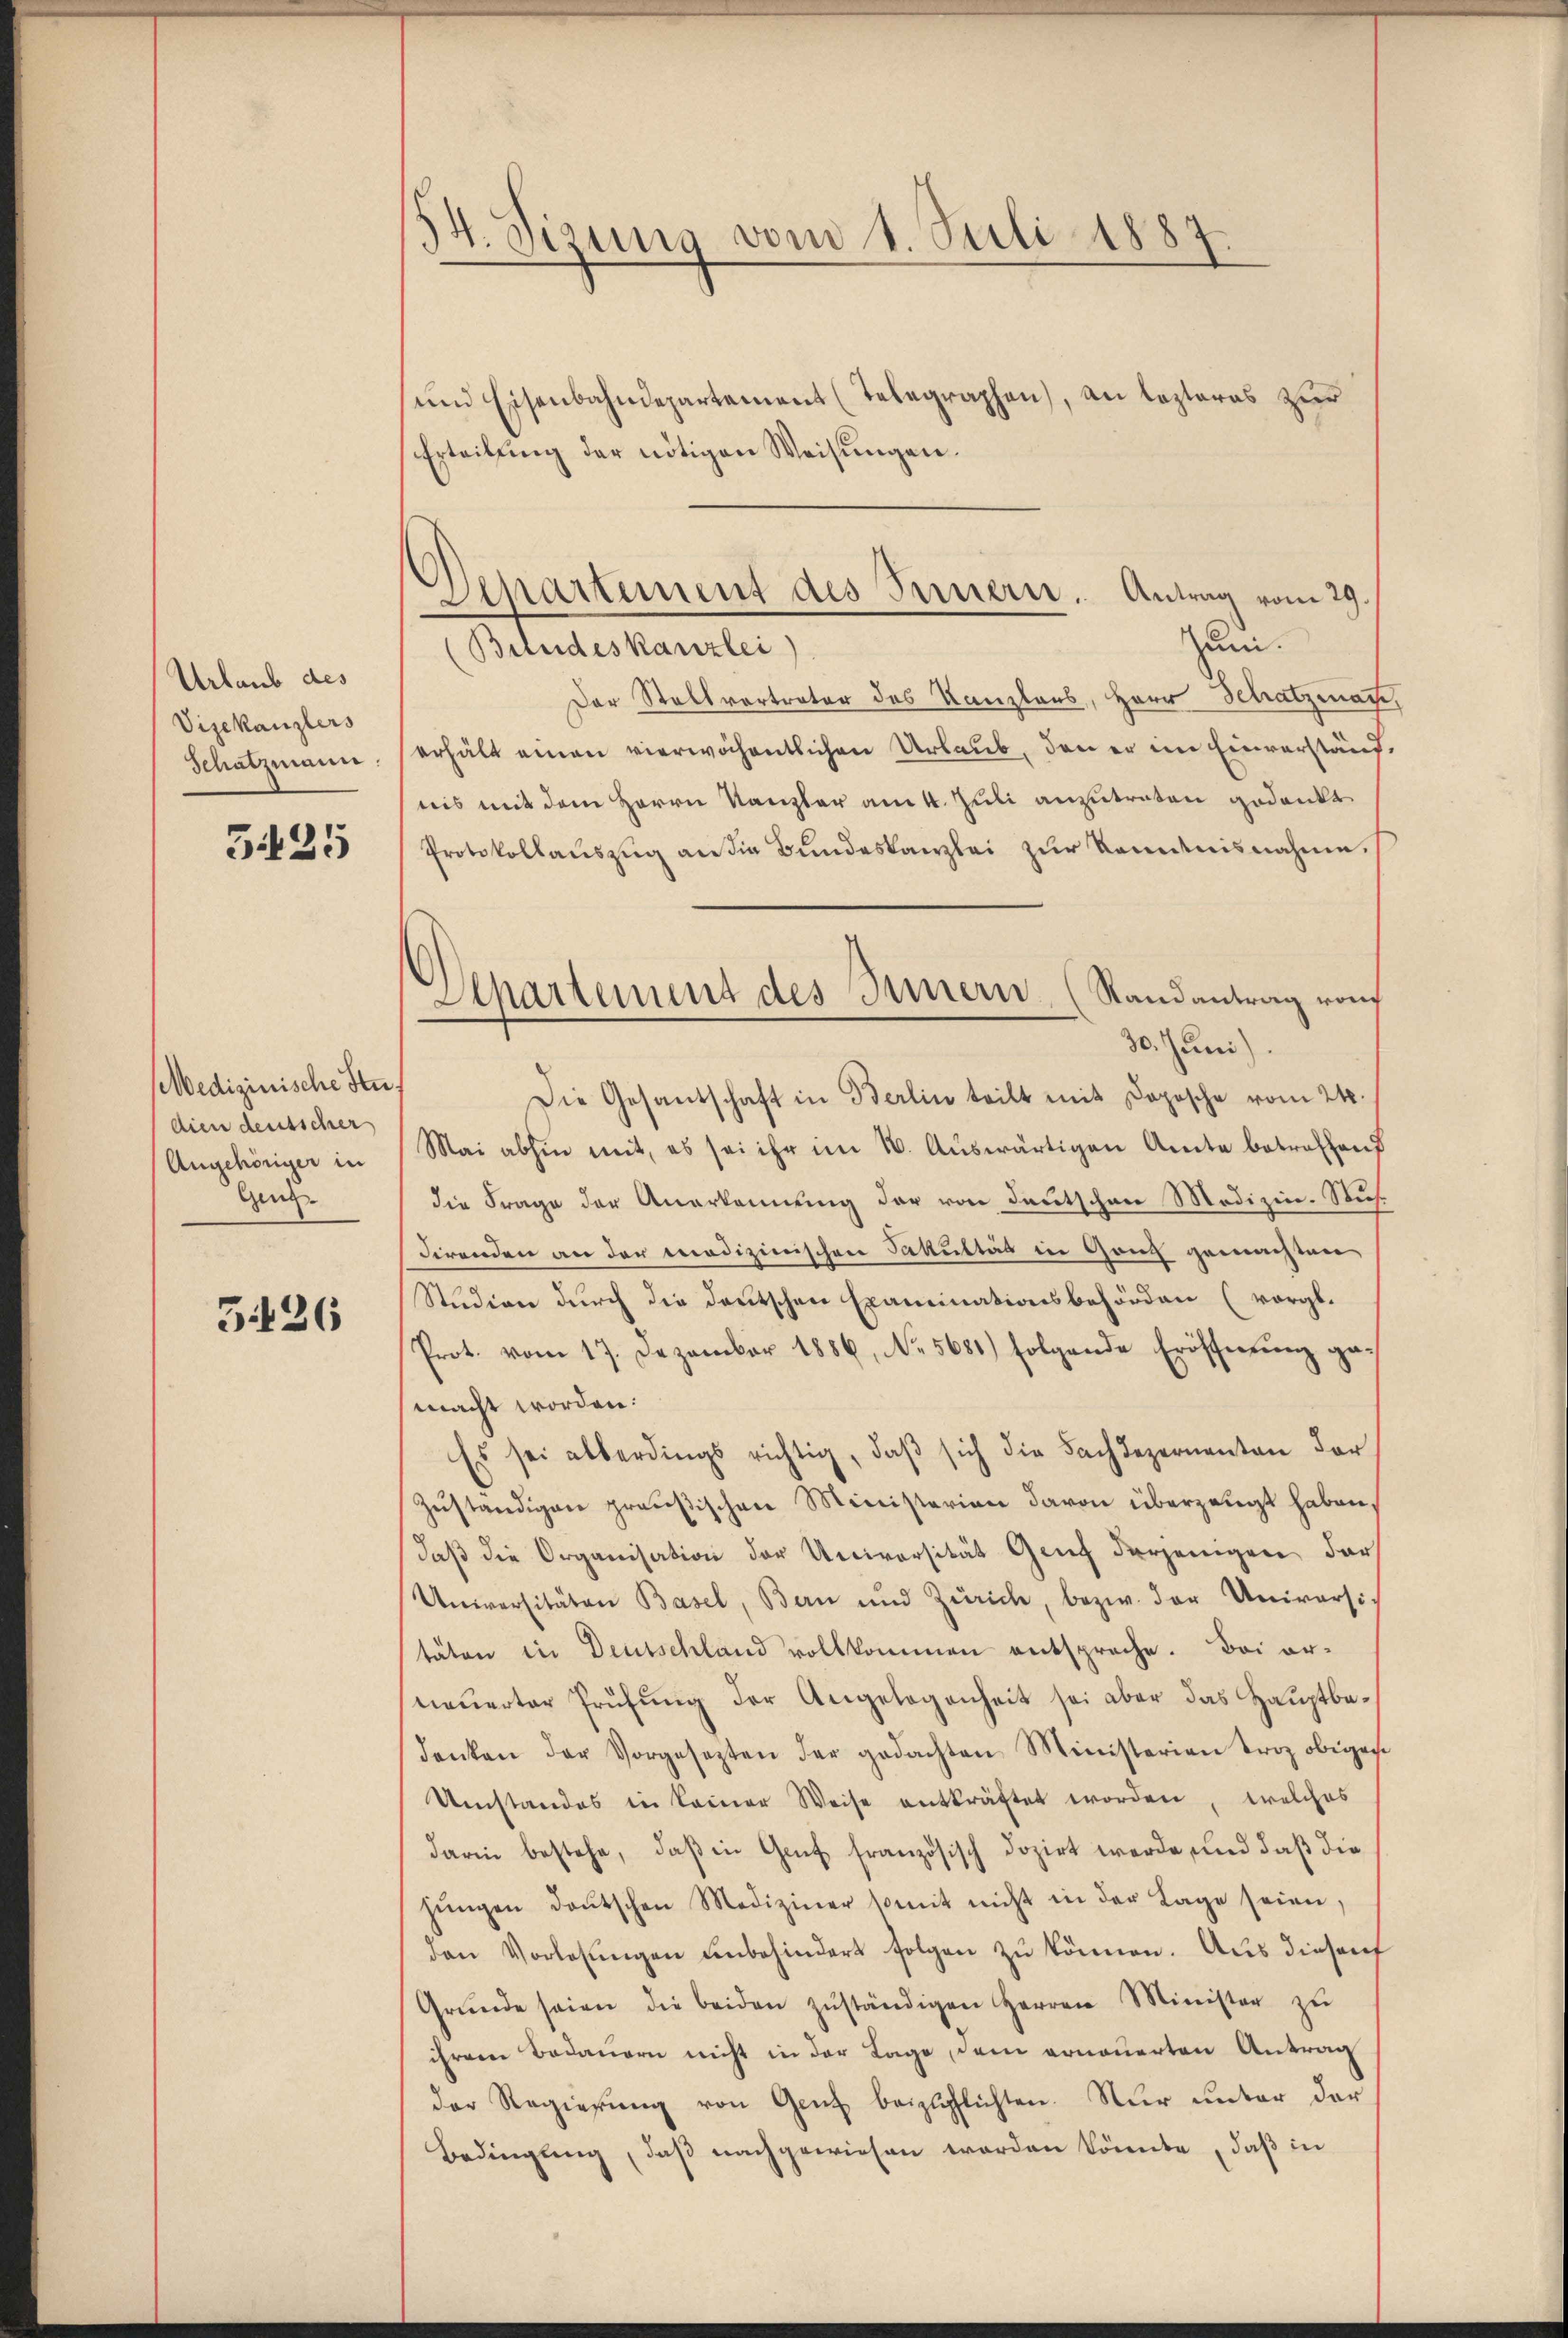
Urlaub des
Vizekanzlers
Schatzmann

325

Medizinische Studien deutscher
Angehöriger in
Genz¬

3426

34. Sizung vom 1. Juli 1887.

und Eisenbahndepartement (Telegraphen), an lezteres zur
Erteilung der nötigen Weisungen.
uni.
(Belndeskanzlei)
Der Stellvertreter des Kanzlaus, Herr Schatzmann,
erhält einen vierwöchentlichen Urlaub, den er im Einverständnis mit dem Herrn Kanzler am 4. Juli anzutreten gedankt
Protokollaŭszŭg an die Bundeskanzlei zŭr Kenntnisnahme.
30. Juni).
Die Gesandschaft in Berlin teilt mit Dopische vom 24.
Mai abhin mit, es sei ihr im 16. Auswärtigen Amte betreffend
die Frage der Anerkennung der von deutschen Medizin. Sus
direnden an der medizinischen Fakultät in Ganz gemachten,
Studien durch die deutschen Examinationsbehörden (vergl.
Prot. vom 17. Dezember 1886, No. 5681) folgende Eröffnŭng ga
macht worden:
Es sei allerdings richtig, daβ sich die Fachezernenten der
zuständigen preußischen Ministerien davon überzeugt haben,
daß die Organisation der Universität Genf derjenigen dar¬
Universitäten Basel, Bern und Zürich, bezw. der Universi-
täten in Deutschland vollkommen entspreche. Bei arneuerter Prüfung der Angelegenheit sei aber das Hauptbedenken der Vorgesezten der gedachten Ministerien troz obigen
Umstandes in keiner Weise entkräftet worden, welches
darin bestehe, daß in Genf französisch dozirt werde, und daß die
jŭngen daŭtschen Mediziner somit nicht in der Lage seien,
den Vorlesungen unbehindert folgen zŭ können. Aus dieser
Grŭnde seien die beiden zŭständigen Herren Minister zŭ
ihrem Bedauern nicht in der Lage, dem erneuerten Antrag
der Regierŭng von Genf beizupflichten. Nur unter der
Bedingung, daβ nachgewiesen worden könnte, daβ in

Separtement des Innern. Antrag vom 29

Aepartement des Innern (Randantrag von